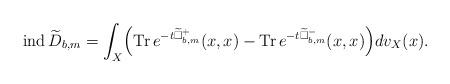
LaTeX: \begin{align*} \mathrm{ind\,}\widetilde D_{b,m}=\int_X\Bigr(\mathrm{Tr\,}e^{-t\widetilde{\Box}^{+}_{b,m}}(x,x)-\mathrm{Tr\,}e^{-t\widetilde{\Box}^{-}_{b,m}}(x,x)\Bigr)dv_X(x).\end{align*}